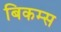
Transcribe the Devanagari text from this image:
बिकम्स